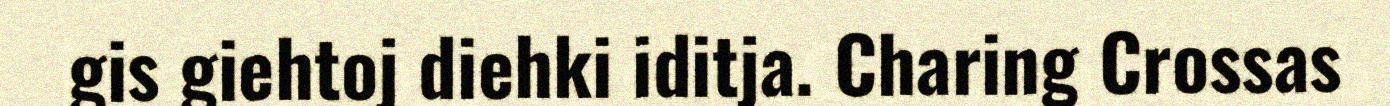
gis giehtoj diehki iditja. Charing Crossas